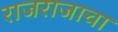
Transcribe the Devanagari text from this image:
राजराजाचा